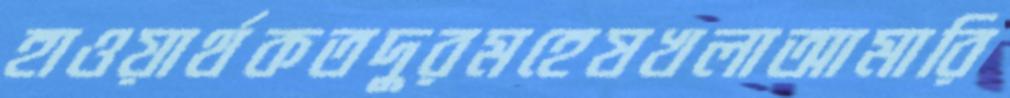
হাওয়ার্থকতদুরমহেষখলাআমারি